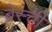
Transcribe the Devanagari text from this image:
ब्रेस्ची